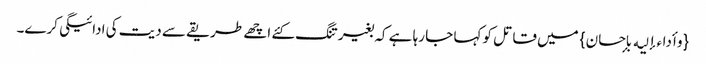
{وأداءإلیه بإحسان} میں قاتل کو کہا جا رہا ہے کہ بغیر تنگ کئے اچھے طریقے سے دیت کی ادائیگی کرے۔